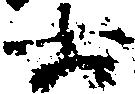
六